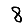
Digit: 8